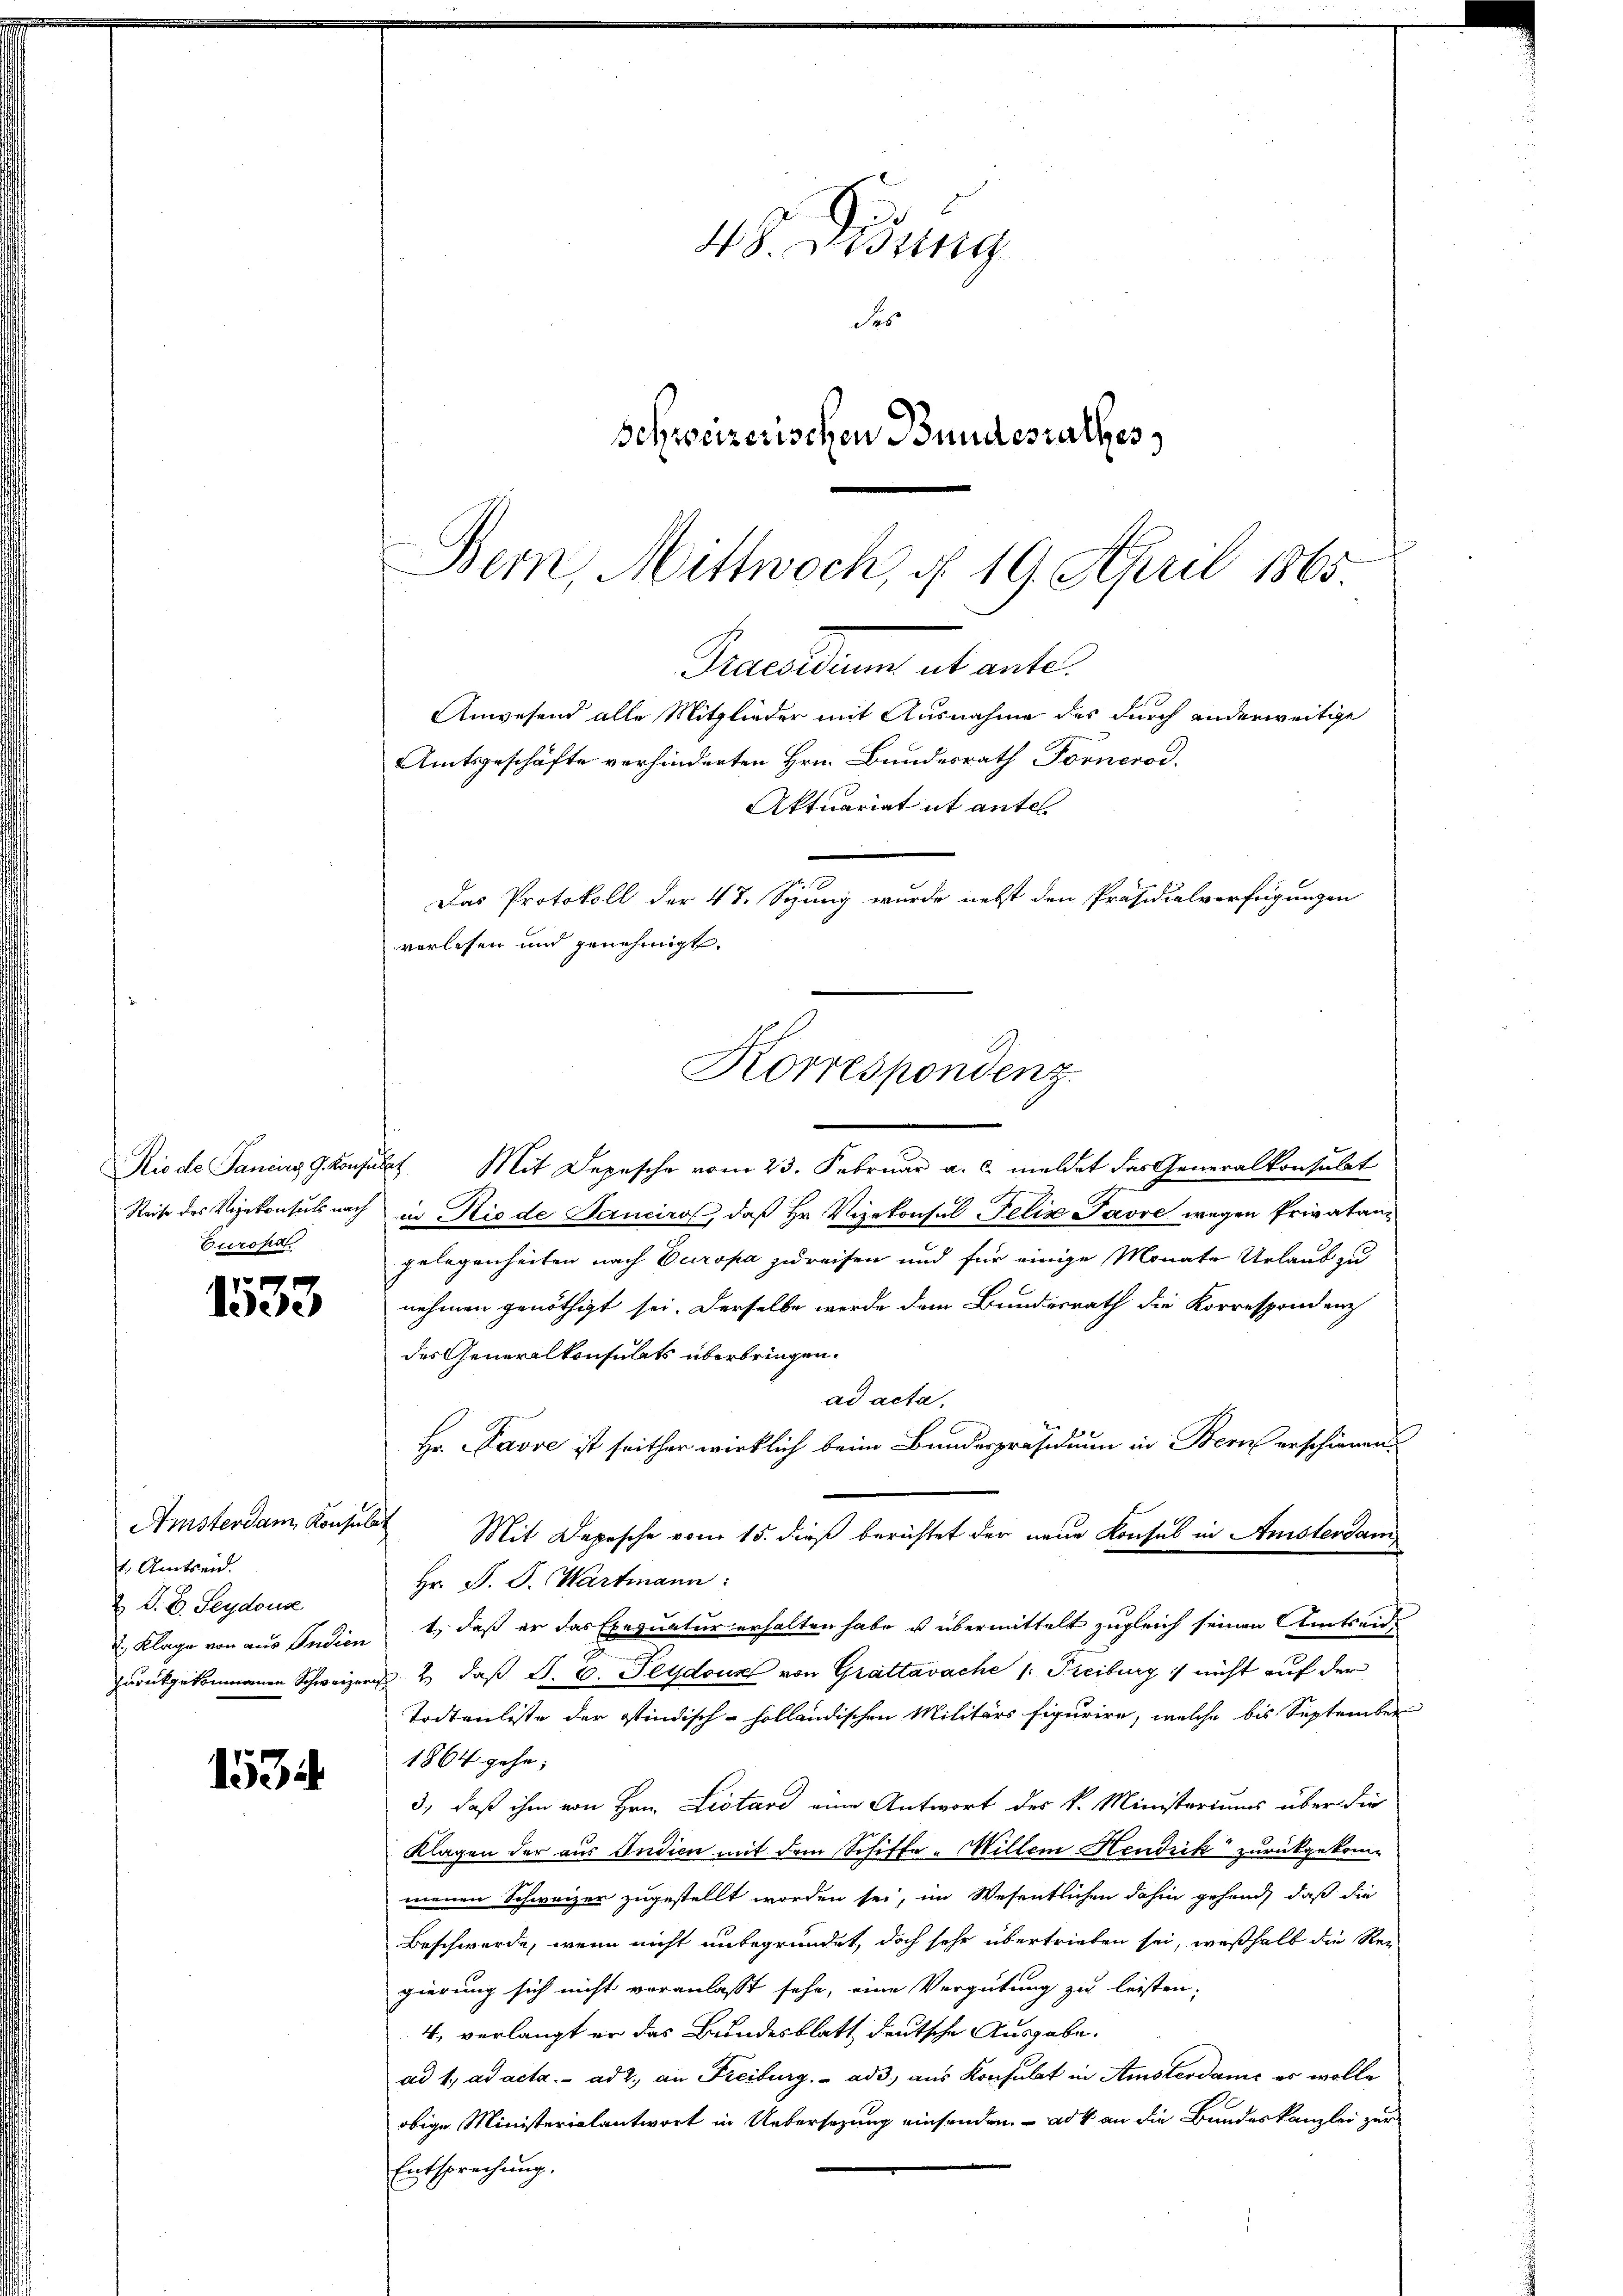
Reise des Vizekonsuls nach
Eurofdt.

1533

Amsterdam Konsula
1. Amtseid.
Z. V. B. Seydous
2. Klage von aus Indien
zurückgekommenen Schweizeri

1534.

48. Visung
des
Schweizerischen Bundesrathes

Bern, Mittwoch, d. 19. April 1865.
Precarium abante
Anwesend alle Mitglieder mit Ausnahme des durch anderweitige
Amtsgeschäfte verhinderten Hrn. Bundesrath Fornerod.
Aktuariat it antel
Das Protokoll der 48. Sizung wurde nebst den Präsidialverfügungen
verlesen und genehmigt.
Korrespondenz.

Rio de Sanius G. Konsulat Mit Depesche vom 23. Februar a. c. meldet das Generalkonsulat
in Rio de Pancirol, daß Hr. Vizekonsul Felix Javre wegen Privatangelegenheiten nach Europa zudreisen und für einige Monate Urlaub zu
nehmen genöthigt sei. Derselbe werde dem Bundesrath die Korrespondenz
des Generalkonsulats überbringen.
ad acta.
Hr. Favre ist seither wirklich beim Bundespräsidium in Bern erschienen.
 Mit Depesche vom 15. dieß berichtet der neue Konsul in Amsterdam
Hr. P. D. Wartmann:
t, daß er das Exequatur erhalten habe u übermittelt zugleich seinen Amtseidd. 2. daß S. 6. Jezdouz von Grattavache 1. Freiburg :/ nicht auf der
Todtenliste der stindisch-holländischen Militärs figurire, welche bis September
1864 gehe;
3., daß ihm von Hrn. Listand eine Antwort des k. Ministeriums über die
Klagen der aus Indien mit dem Schiffe „Willem Hendrik zurückgekom-
menen Schweizer zugestellt worden sei, im Wesentlichen dahin gehend, daß die
Beschwerde, wenn nicht unbegründet, doch sehr übertrieben sei, weßhalb die Rei
gierung sich nicht veranlasst sehe, eine Vergütung zu leisten;
4., verlangt er das Bundesblatt deutsche Ausgabe.
ad 1. ad acta. ad 2., an Freiburg. ad 3. aus Konsulat in Amsterdame es wolle
obige Ministerialantwort in Uebersezung einsenden. ad an die Bundeskanzlei zur
Entsprechung,